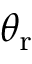
\theta _ { \mathrm { r } }